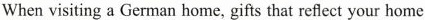
When visiting a German home, gifts that reflect your home